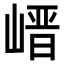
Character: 𡺽